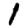
Digit: 1